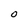
Character: O